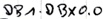
Text: DB1.DBX0.0